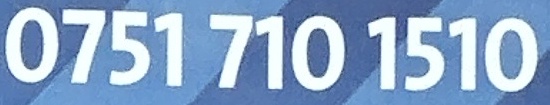
0751 710 1510